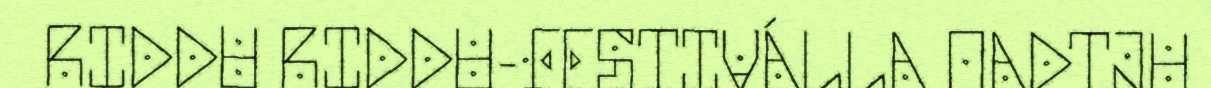
RIDDU RIDDU-FESTIVÁLLA OADTJU